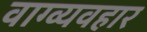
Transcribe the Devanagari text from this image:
वाग्व्यवहार